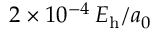
2 \times 1 0 ^ { - 4 } \, E _ { \mathrm { h } } / a _ { 0 }